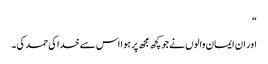
“
اور ان ایمان والوں نے جو کچھ مجھ پر ہوا اس سے خدا کی حمد کی ۔